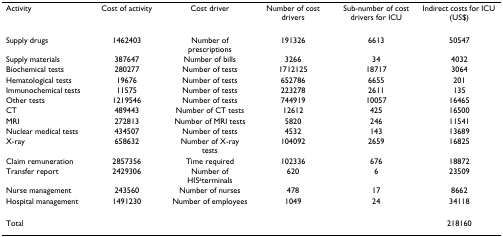
<table><thead><tr><td><b>Activity</b></td><td><b>Cost of activity</b></td><td><b>Cost driver</b></td><td><b>Number of cost drivers</b></td><td><b>Sub-number of cost drivers for ICU</b></td><td><b>Indirect costs for ICU (US$)</b></td></tr></thead><tbody><tr><td>Supply drugs</td><td>1462403</td><td>Number of prescriptions</td><td>191326</td><td>6613</td><td>50547</td></tr><tr><td>Supply materials</td><td>387647</td><td>Number of bills</td><td>3266</td><td>34</td><td>4032</td></tr><tr><td>Biochemical tests</td><td>280277</td><td>Number of tests</td><td>1712125</td><td>18717</td><td>3064</td></tr><tr><td>Hematological tests</td><td>19676</td><td>Number of tests</td><td>652786</td><td>6655</td><td>201</td></tr><tr><td>Immunochemical tests</td><td>11575</td><td>Number of tests</td><td>223278</td><td>2611</td><td>135</td></tr><tr><td>Other tests</td><td>1219546</td><td>Number of tests</td><td>744919</td><td>10057</td><td>16465</td></tr><tr><td>CT</td><td>489443</td><td>Number of CT tests</td><td>12612</td><td>425</td><td>16500</td></tr><tr><td>MRI</td><td>272813</td><td>Number of MRI tests</td><td>5820</td><td>246</td><td>11541</td></tr><tr><td>Nuclear medical tests</td><td>434507</td><td>Number of tests</td><td>4532</td><td>143</td><td>13689</td></tr><tr><td>X-ray</td><td>658632</td><td>Number of X-ray tests</td><td>104092</td><td>2659</td><td>16825</td></tr><tr><td>Claim remuneration</td><td>2857356</td><td>Time required</td><td>102336</td><td>676</td><td>18872</td></tr><tr><td>Transfer report</td><td>2429306</td><td>Number of HIS<sup>a</sup>terminals</td><td>620</td><td>6</td><td>23509</td></tr><tr><td>Nurse management</td><td>243560</td><td>Number of nurses</td><td>478</td><td>17</td><td>8662</td></tr><tr><td>Hospital management</td><td>1491230</td><td>Number of employees</td><td>1049</td><td>24</td><td>34118</td></tr><tr><td>Total</td><td></td><td></td><td></td><td></td><td>218160</td></tr></tbody></table>